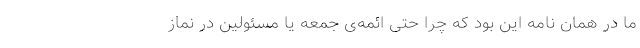
ما در همان نامه این بود که چرا حتی ائمه‌ی جمعه یا مسئولین در نماز